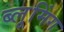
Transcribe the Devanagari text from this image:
ब्लूमिंग